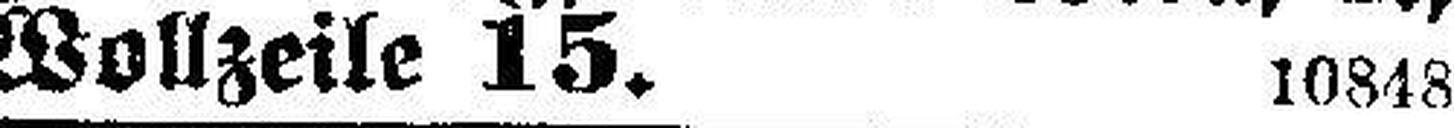
Wollzeile 15. 10848